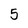
Character: 5